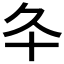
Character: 𠥾